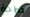
صراحة